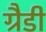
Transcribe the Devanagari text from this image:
ग्रैडी